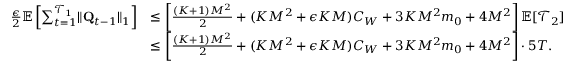
\begin{array} { r l } { \frac \epsilon 2 \mathbb E \left[ \sum _ { t = 1 } ^ { \mathcal T _ { 1 } } \lVert \mathbf Q _ { t - 1 } \rVert _ { 1 } \right] } & { \le \left[ \frac { ( K + 1 ) M ^ { 2 } } 2 + ( K M ^ { 2 } + \epsilon K M ) C _ { W } + 3 K M ^ { 2 } m _ { 0 } + 4 M ^ { 2 } \right] \mathbb E [ \mathcal T _ { 2 } ] } \\ & { \le \left[ \frac { ( K + 1 ) M ^ { 2 } } 2 + ( K M ^ { 2 } + \epsilon K M ) C _ { W } + 3 K M ^ { 2 } m _ { 0 } + 4 M ^ { 2 } \right] \cdot 5 T . } \end{array}